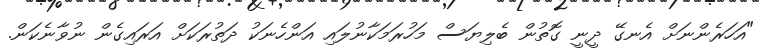
"އަހަރެންނަށް އެނގޭ ދީނީ ގޮތުން ބެލިޔަސް މަހުރަމަކާނުލައި އަންހެނަކު ދަތުރަކަށް އަރައިގެން ނުވާނެކަން.